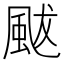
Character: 颰